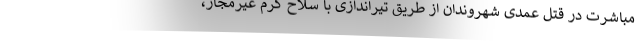
مباشرت در قتل عمدی شهروندان از طریق تیراندازی با سلاح گرم غیرمجاز،